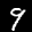
Label: 9